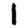
Digit: 1